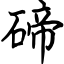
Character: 碲